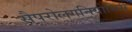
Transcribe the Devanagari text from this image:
सैपरोलगनियोसिस